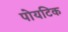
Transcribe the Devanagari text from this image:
पोयटिक